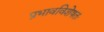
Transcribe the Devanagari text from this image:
प्रभावविशेषतः